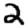
Digit: 2